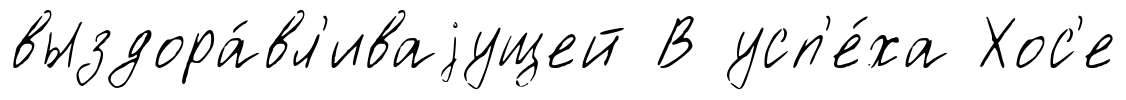
выздора́вл'иваjущей В усп'е́ха Хос'е